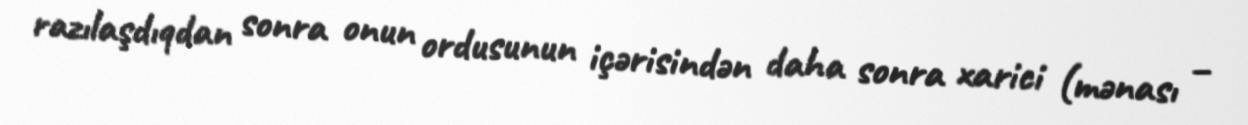
razılaşdıqdan sonra onun ordusunun içərisindən daha sonra xarici (mənası –